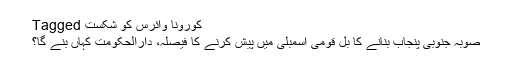
Tagged کورونا وائرس کو شکست
صوبہ جنوبی پنجاب بنانے کا بل قومی اسمبلی میں پیش کرنے کا فیصلہ، دارالحکومت کہاں بنے گا؟